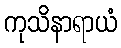
ကုသိနာရာယံ